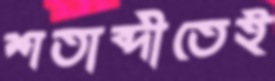
শতাব্দীতেই